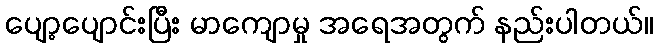
ပျော့ပျောင်းပြီး မာကျောမှု အရေအတွက် နည်းပါတယ်။